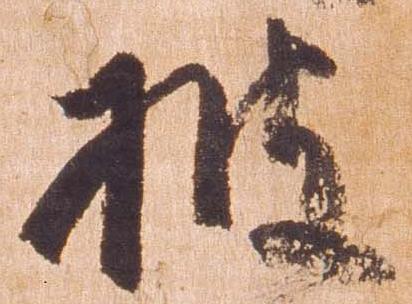
披